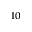
^ { 1 0 }